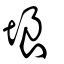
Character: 埌